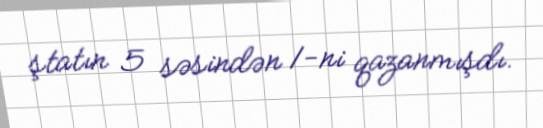
ştatın 5 səsindən 1-ni qazanmışdı.